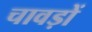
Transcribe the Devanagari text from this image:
चावड़ों